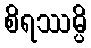
စိရဿမ္ပိ